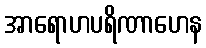
အာရောဟပရိဏာဟေန